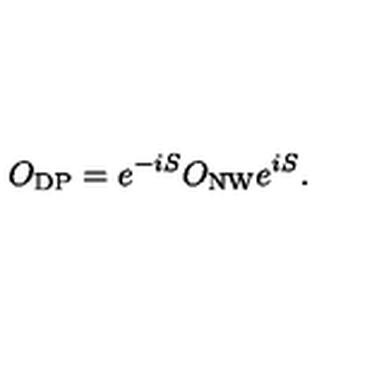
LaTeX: O _ { \mathrm { D P } } = e ^ { - i S } O _ { \mathrm { N W } } e ^ { i S } .